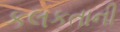
કલકતાની